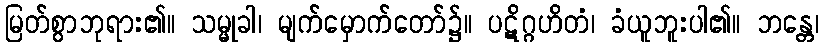
မြတ်စွာဘုရား၏။ သမ္မုခါ၊ မျက်မှောက်တော်၌။ ပဋိဂ္ဂဟိတံ၊ ခံယူဘူးပါ၏။ ဘန္တေ၊